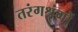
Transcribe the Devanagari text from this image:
तरंगश्रृंगों